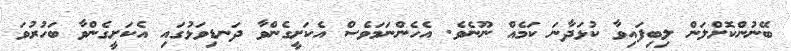
ބޭނުންކޮށްލަން ލިބިފައިވާ ކުޅަދާނަ ކަމެއް ނޫނެވެ. އެހެންނަމަވެސް އެކަށީގެންވާ ދަނޑިވަޅުގައި އެކަށީގެންވާ ބަހުރުވަ